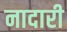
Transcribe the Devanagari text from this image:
नादारी